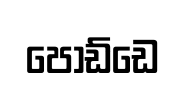
පොඩ්ඩෙ